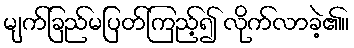
မျက်ခြည်မပြတ်ကြည့်၍ လိုက်လာခဲ့၏။